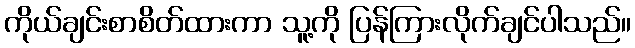
ကိုယ်ချင်းစာစိတ်ထားကာ သူ့ကို ပြန်ကြားလိုက်ချင်ပါသည်။